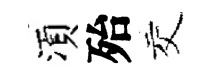
湏殆交